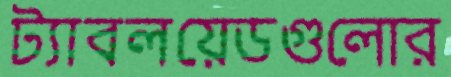
ট্যাবলয়েডগুলোর